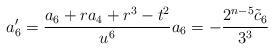
LaTeX: \begin{align*} a_6' = \frac{a_6 + r a_4 + r^3 - t^2}{u^6} a_6 = - \frac{2^{n-5} \tilde{c}_6}{3^3} \end{align*}